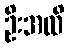
ဦးအထိ